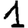
Digit: 1